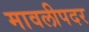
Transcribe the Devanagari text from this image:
मावलीपदर